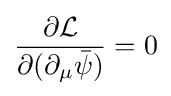
{\frac {\partial {\mathcal {L}}}{\partial (\partial _{\mu }{\bar {\psi }})}}=0